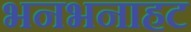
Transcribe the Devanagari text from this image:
भनभनाहट